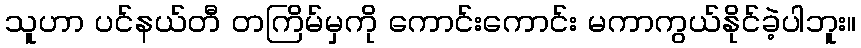
သူဟာ ပင်နယ်တီ တကြိမ်မှကို ကောင်းကောင်း မကာကွယ်နိုင်ခဲ့ပါဘူး။